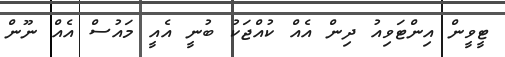
ޓީވީން އިންޓަވިއު ދިން އެއް ކުއްޖަކު ބުނީ އެއީ މައުސް އެއް ނޫން